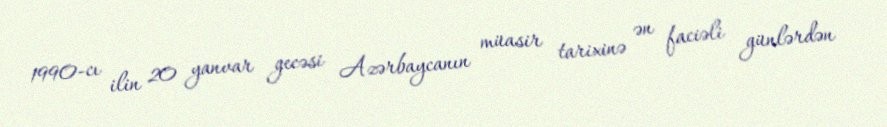
1990-cı ilin 20 yanvar gecəsi Azərbaycanın müasir tarixinə ən faciəli günlərdən